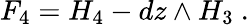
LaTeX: F_{4}=H_{4}-dz\wedge H_{3}~.